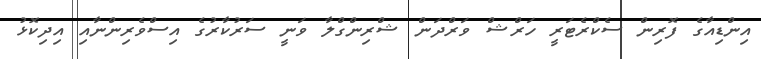
އިންޑިއާގެ ފޮރިން ސެކްރެޓަރީ ހަރްޝް ވަރްދަން ޝްރިންގްލާ ވަނީ ސަރުކާރުގެ އިސްވެރިންނާއި އިދިކޮޅު